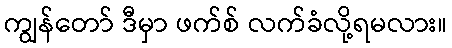
ကျွန်တော် ဒီမှာ ဖက်စ် လက်ခံလို့ရမလား။